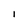
Character: l